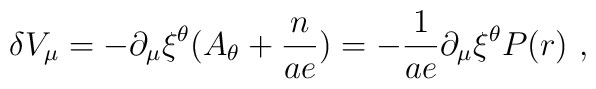
\delta V_\mu =-\partial_\mu \xi^\theta (A_\theta +\frac{n}{a e})=-\frac{1}{ae}\partial_\mu \xi^\theta P(r)~,